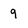
Character: 9